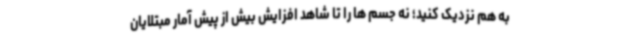
به هم نزدیک کنید؛ نه جسم ها را تا شاهد افزایش بیش از پیش آمار مبتلایان